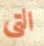
التي